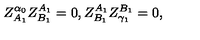
Z _ { A _ { 1 } } ^ { \alpha _ { 0 } } Z _ { B _ { 1 } } ^ { A _ { 1 } } = 0 , Z _ { B _ { 1 } } ^ { A _ { 1 } } Z _ { \gamma _ { 1 } } ^ { B _ { 1 } } = 0 ,